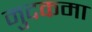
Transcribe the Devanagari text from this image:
मुदकमा